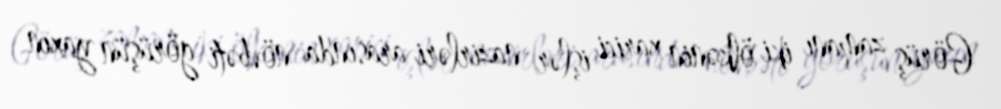
Görüş zamanı iki ölkənin xarici işlər nazirləri arasında növbəti görüşün yaxın